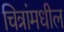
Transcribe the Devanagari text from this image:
चित्रांमधील